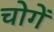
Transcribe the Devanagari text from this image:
चोगें